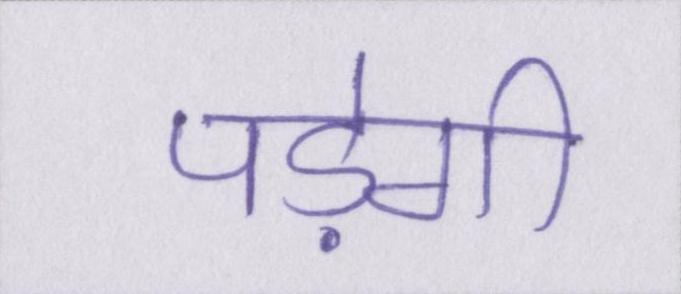
पड़ेगी